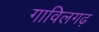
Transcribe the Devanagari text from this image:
गाविलगढ़